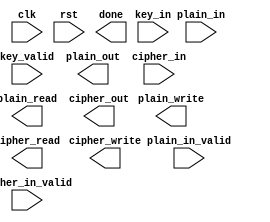
`timescale 1ns/10ps
module RC4(clk,rst,key_valid,key_in,plain_read,plain_in_valid,plain_in,plain_write,plain_out,cipher_write,cipher_out,cipher_read,cipher_in,cipher_in_valid,done);
    input clk,rst;
    input key_valid,plain_in_valid,cipher_in_valid;
    input [7:0] key_in,cipher_in,plain_in;
    output done;
    output plain_write,cipher_write,plain_read,cipher_read;
    output [7:0] cipher_out,plain_out;
endmodule